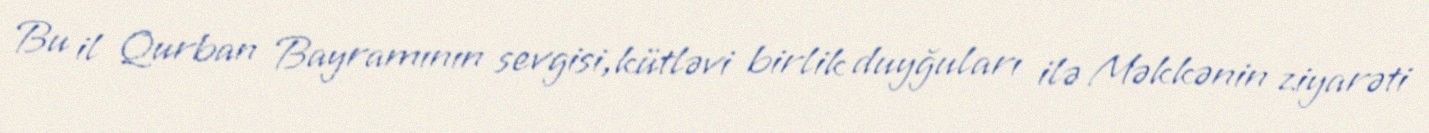
Bu il Qurban Bayramının sevgisi,kütləvi birlik duyğuları ilə Məkkənin ziyarəti